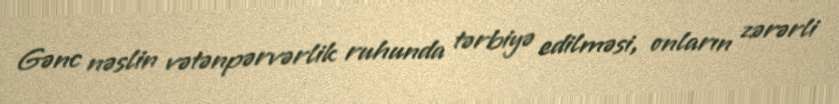
Gənc nəslin vətənpərvərlik ruhunda tərbiyə edilməsi, onların zərərli